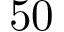
\mathrm { 5 0 }